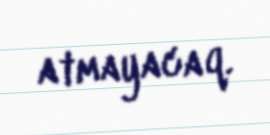
atmayacaq.